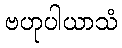
ဗဟုပါယာသံ